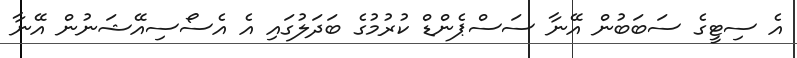
އެ ސިޓީގެ ސަބަބުން އޭނާ ސަސްޕެންޑް ކުރުމުގެ ބަދަލުގައި އެ އެސޯސިއޭޝަނުން އޭނާ